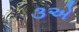
૩એ